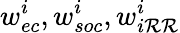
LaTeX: w_{ec}^{i},w_{soc}^{i},w_{i\mathcal{R}\mathcal{R}}^{i}